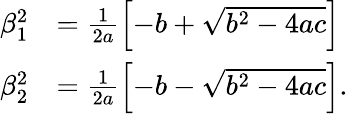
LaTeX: \begin{array}{cl}{\beta_{1}^{2}}&{=\frac{1}{2a}\left[-b+\sqrt{b^{2}-4ac}\right]}\\ {\beta_{2}^{2}}&{=\frac{1}{2a}\left[-b-\sqrt{b^{2}-4ac}\right].}\end{array}